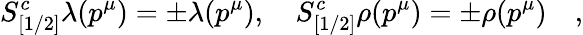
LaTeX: S_{[1/2]}^{c}\lambda(p^{\mu})=\pm\lambda(p^{\mu}),\quad S_{[1/2]}^{c}\rho(p^{\mu})=\pm\rho(p^{\mu})\quad,